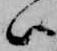
ハ